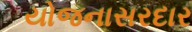
યોજનાસરદાર